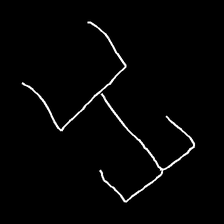
Glyph: entwine